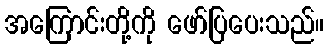
အကြောင်းတို့ကို ဖော်ပြပေးသည်။